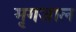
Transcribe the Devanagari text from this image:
मृगजाल